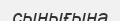
сынығына